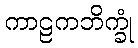
ကာဠကဘိက္ခုံ